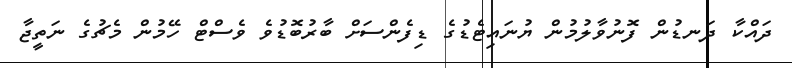
ދައްކާ ދަނޑުން ފޮނުވާލުމުން ޔުނައިޓެޑުގެ ޑިފެންސަށް ބާރުބޮޑުވެ ވެސްޓް ހޭމުން މެޗުގެ ނަތީޖާ